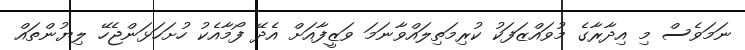
ނަމަވެސް މި އިދާރާގެ މުވައްޒަފަކު ކުރިމަތިލައްވާނަމަ ވަޒީފާއަށް އެދޭ ފޯމާއެކު ހުށަހަޅަންޖެހޭ ލިޔުންތައް